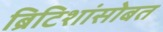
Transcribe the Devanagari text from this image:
ब्रिटिशांसोबत